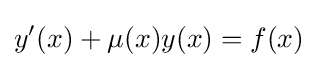
y'(x)+\mu (x)y(x)=f(x)